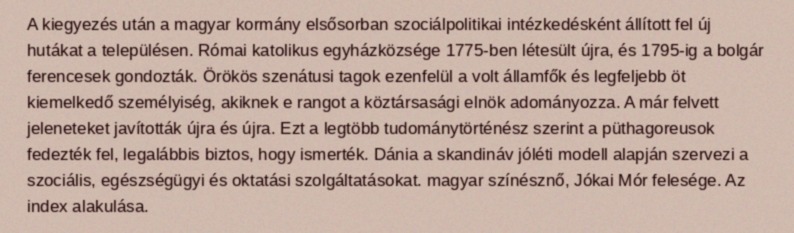
A kiegyezés után a magyar kormány elsősorban szociálpolitikai intézkedésként állított fel új hutákat a településen. Római katolikus egyházközsége 1775-ben létesült újra, és 1795-ig a bolgár ferencesek gondozták. Örökös szenátusi tagok ezenfelül a volt államfők és legfeljebb öt kiemelkedő személyiség, akiknek e rangot a köztársasági elnök adományozza. A már felvett jeleneteket javították újra és újra. Ezt a legtöbb tudománytörténész szerint a püthagoreusok fedezték fel, legalábbis biztos, hogy ismerték. Dánia a skandináv jóléti modell alapján szervezi a szociális, egészségügyi és oktatási szolgáltatásokat. magyar színésznő, Jókai Mór felesége. Az index alakulása.